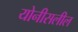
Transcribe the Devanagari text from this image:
योनीसलील